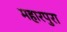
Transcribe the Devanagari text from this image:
महारपुरा